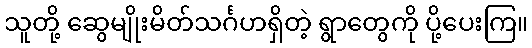
သူတို့ ဆွေမျိုးမိတ်သင်္ဂဟရှိတဲ့ ရွာတွေကို ပို့ပေးကြ။